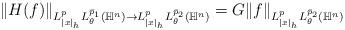
LaTeX: \begin{align*}\|H(f)\|_{L_{|x|_h}^pL_{\theta}^{\bar{p}_1}(\mathbb H^n)\rightarrow L_{|x|_h}^pL_{\theta}^{\bar{p}_2}(\mathbb H^n)}=G\|f\|_{L_{|x|_h}^pL_{\theta}^{\bar{p}_2}(\mathbb H^n)}\end{align*}